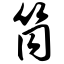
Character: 筒